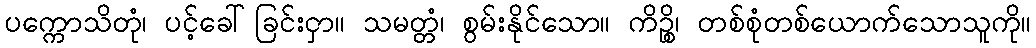
ပက္ကောသိတုံ၊ ပင့်ခေါ်ခြင်းငှာ။ သမတ္တံ၊ စွမ်းနိုင်သော။ ကိဉ္စိ၊ တစ်စုံတစ်ယောက်သောသူကို။